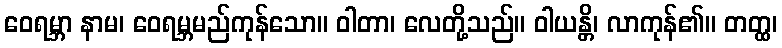
ဝေရမ္ဘာ နာမ၊ ဝေရမ္ဘမည်ကုန်သော။ ဝါတာ၊ လေတို့သည်။ ဝါယန္တိ၊ လာကုန်၏။ တတ္ထ၊